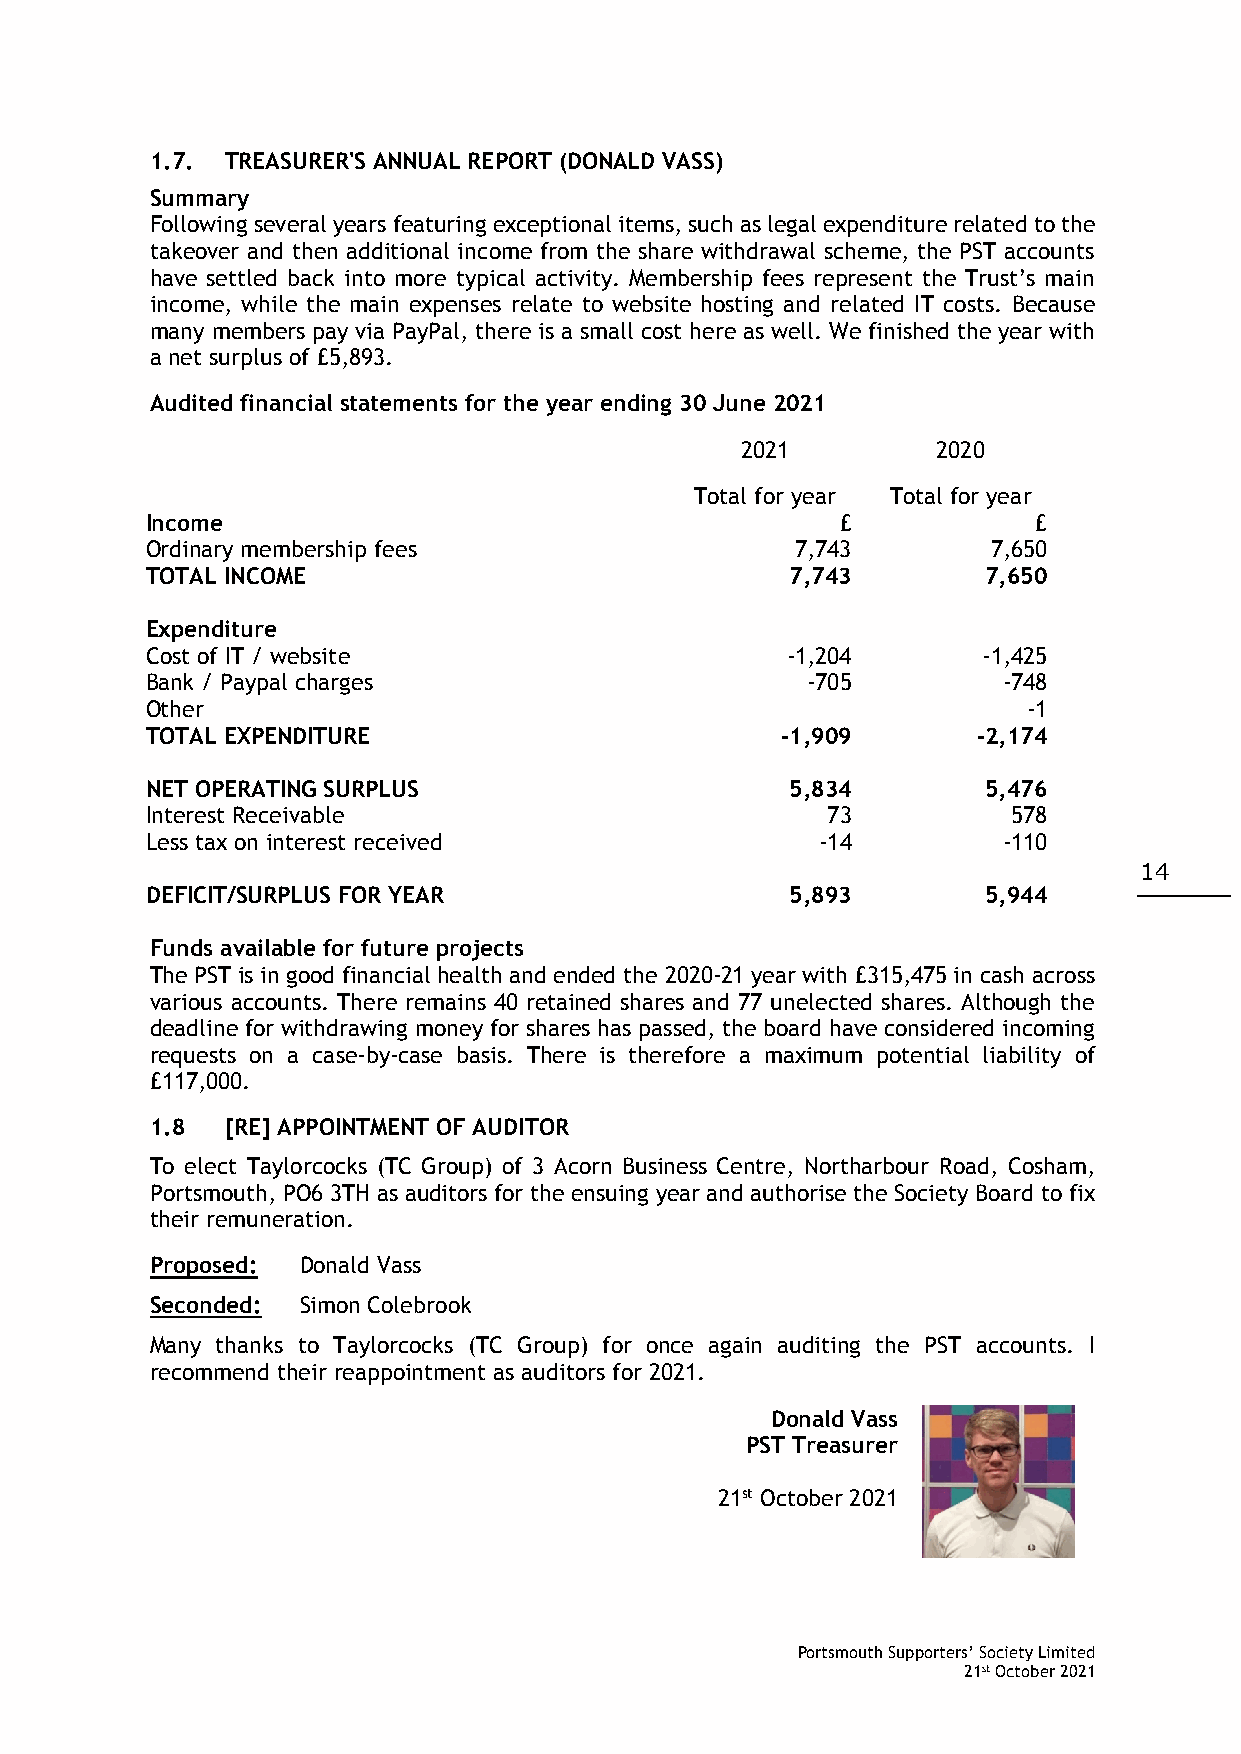
1.7. TREASURER'S ANNUAL REPORT (DONALD VASS)
 Summary
 Following several years featuring exceptional items, such as legal expenditure related to the
 takeover and then additional income from the share withdrawal scheme, the PST accounts
 have settled back into more typical activity. Membership fees represent the Trust’s main
 income, while the main expenses relate to website hosting and related IT costs. Because
 many members pay via PayPal, there is a small cost here as well. We finished the year with
 a net surplus of £5,893.
 Audited financial statements for the year ending 30 June 2021
 2021         2020
 Total for year Total for year
 Income                                        £           £
 Ordinary membership fees                   7,743        7,650
 TOTAL INCOME                              7,743        7,650
 Expenditure
 Cost of IT / website                      -1,204       -1,425
 Bank / Paypal charges                      -705         -748
 Other                                                     -1
 TOTAL EXPENDITURE                         -1,909       -2,174
 NET OPERATING SURPLUS                     5,834        5,476
 Interest Receivable                          73          578
 Less tax on interest received               -14         -110
 14
 DEFICIT/SURPLUS FOR YEAR                  5,893        5,944
 Funds available for future projects
 The PST is in good financial health and ended the 2020-21 year with £315,475 in cash across
 various accounts. There remains 40 retained shares and 77 unelected shares. Although the
 deadline for withdrawing money for shares has passed, the board have considered incoming
 requests on a case-by-case basis. There is therefore a maximum potential liability of
 £117,000.
 1.8  [RE] APPOINTMENT OF AUDITOR
 To elect Taylorcocks (TC Group) of 3 Acorn Business Centre, Northarbour Road, Cosham,
 Portsmouth, PO6 3TH as auditors for the ensuing year and authorise the Society Board to fix
 their remuneration.
 Proposed: Donald Vass
 Seconded: Simon Colebrook
 Many thanks to Taylorcocks (TC Group) for once again auditing the PST accounts. I
 recommend their reappointment as auditors for 2021.
 Donald Vass
 PST Treasurer
 21st October 2021
 Portsmouth Supporters’ Society Limited
 21st October 2021